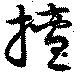
擅